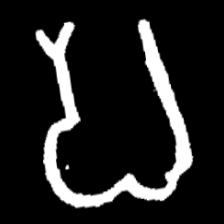
Pyu character \u2014 Myanmar letter: ပ (romanized: pa)